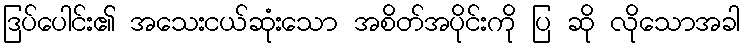
ဒြပ်ပေါင်း၏ အသေးငယ်ဆုံးသော အစိတ်အပိုင်းကို ပြ ဆို လိုသောအခါ